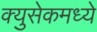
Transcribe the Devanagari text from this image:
क्युसेकमध्ये